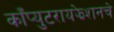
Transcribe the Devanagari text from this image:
काँप्युटरायझेशनचे